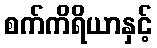
စက်ကိရိယာနှင့်